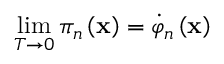
\operatorname * { l i m } _ { T \rightarrow 0 } \pi _ { n } \left( \mathbf { x } \right) = \dot { \varphi } _ { n } \left( \mathbf { x } \right)